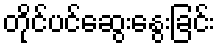
တိုင်ပင်ဆွေးနွေးခြင်း